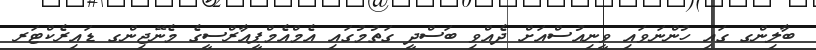
ބާލިންގ ގައި ހުންނަވައި ވީނިއުސްއަށް ދެއްވި ބަސްދީ ގަތުމުގައި އެމްއެމްޕީއާރްސީގެ މެނޭޖިންގ ޑައިރެކްޓަރ